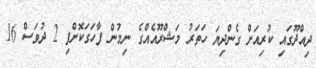
ދިއްދޫގައި ކުރިއަށް ގެންދިޔަ ހަތަރު މަޝްރޫއެއްގެ ނިމުން ފާހަގަކޮށްފި 2 ދުވަސް 16